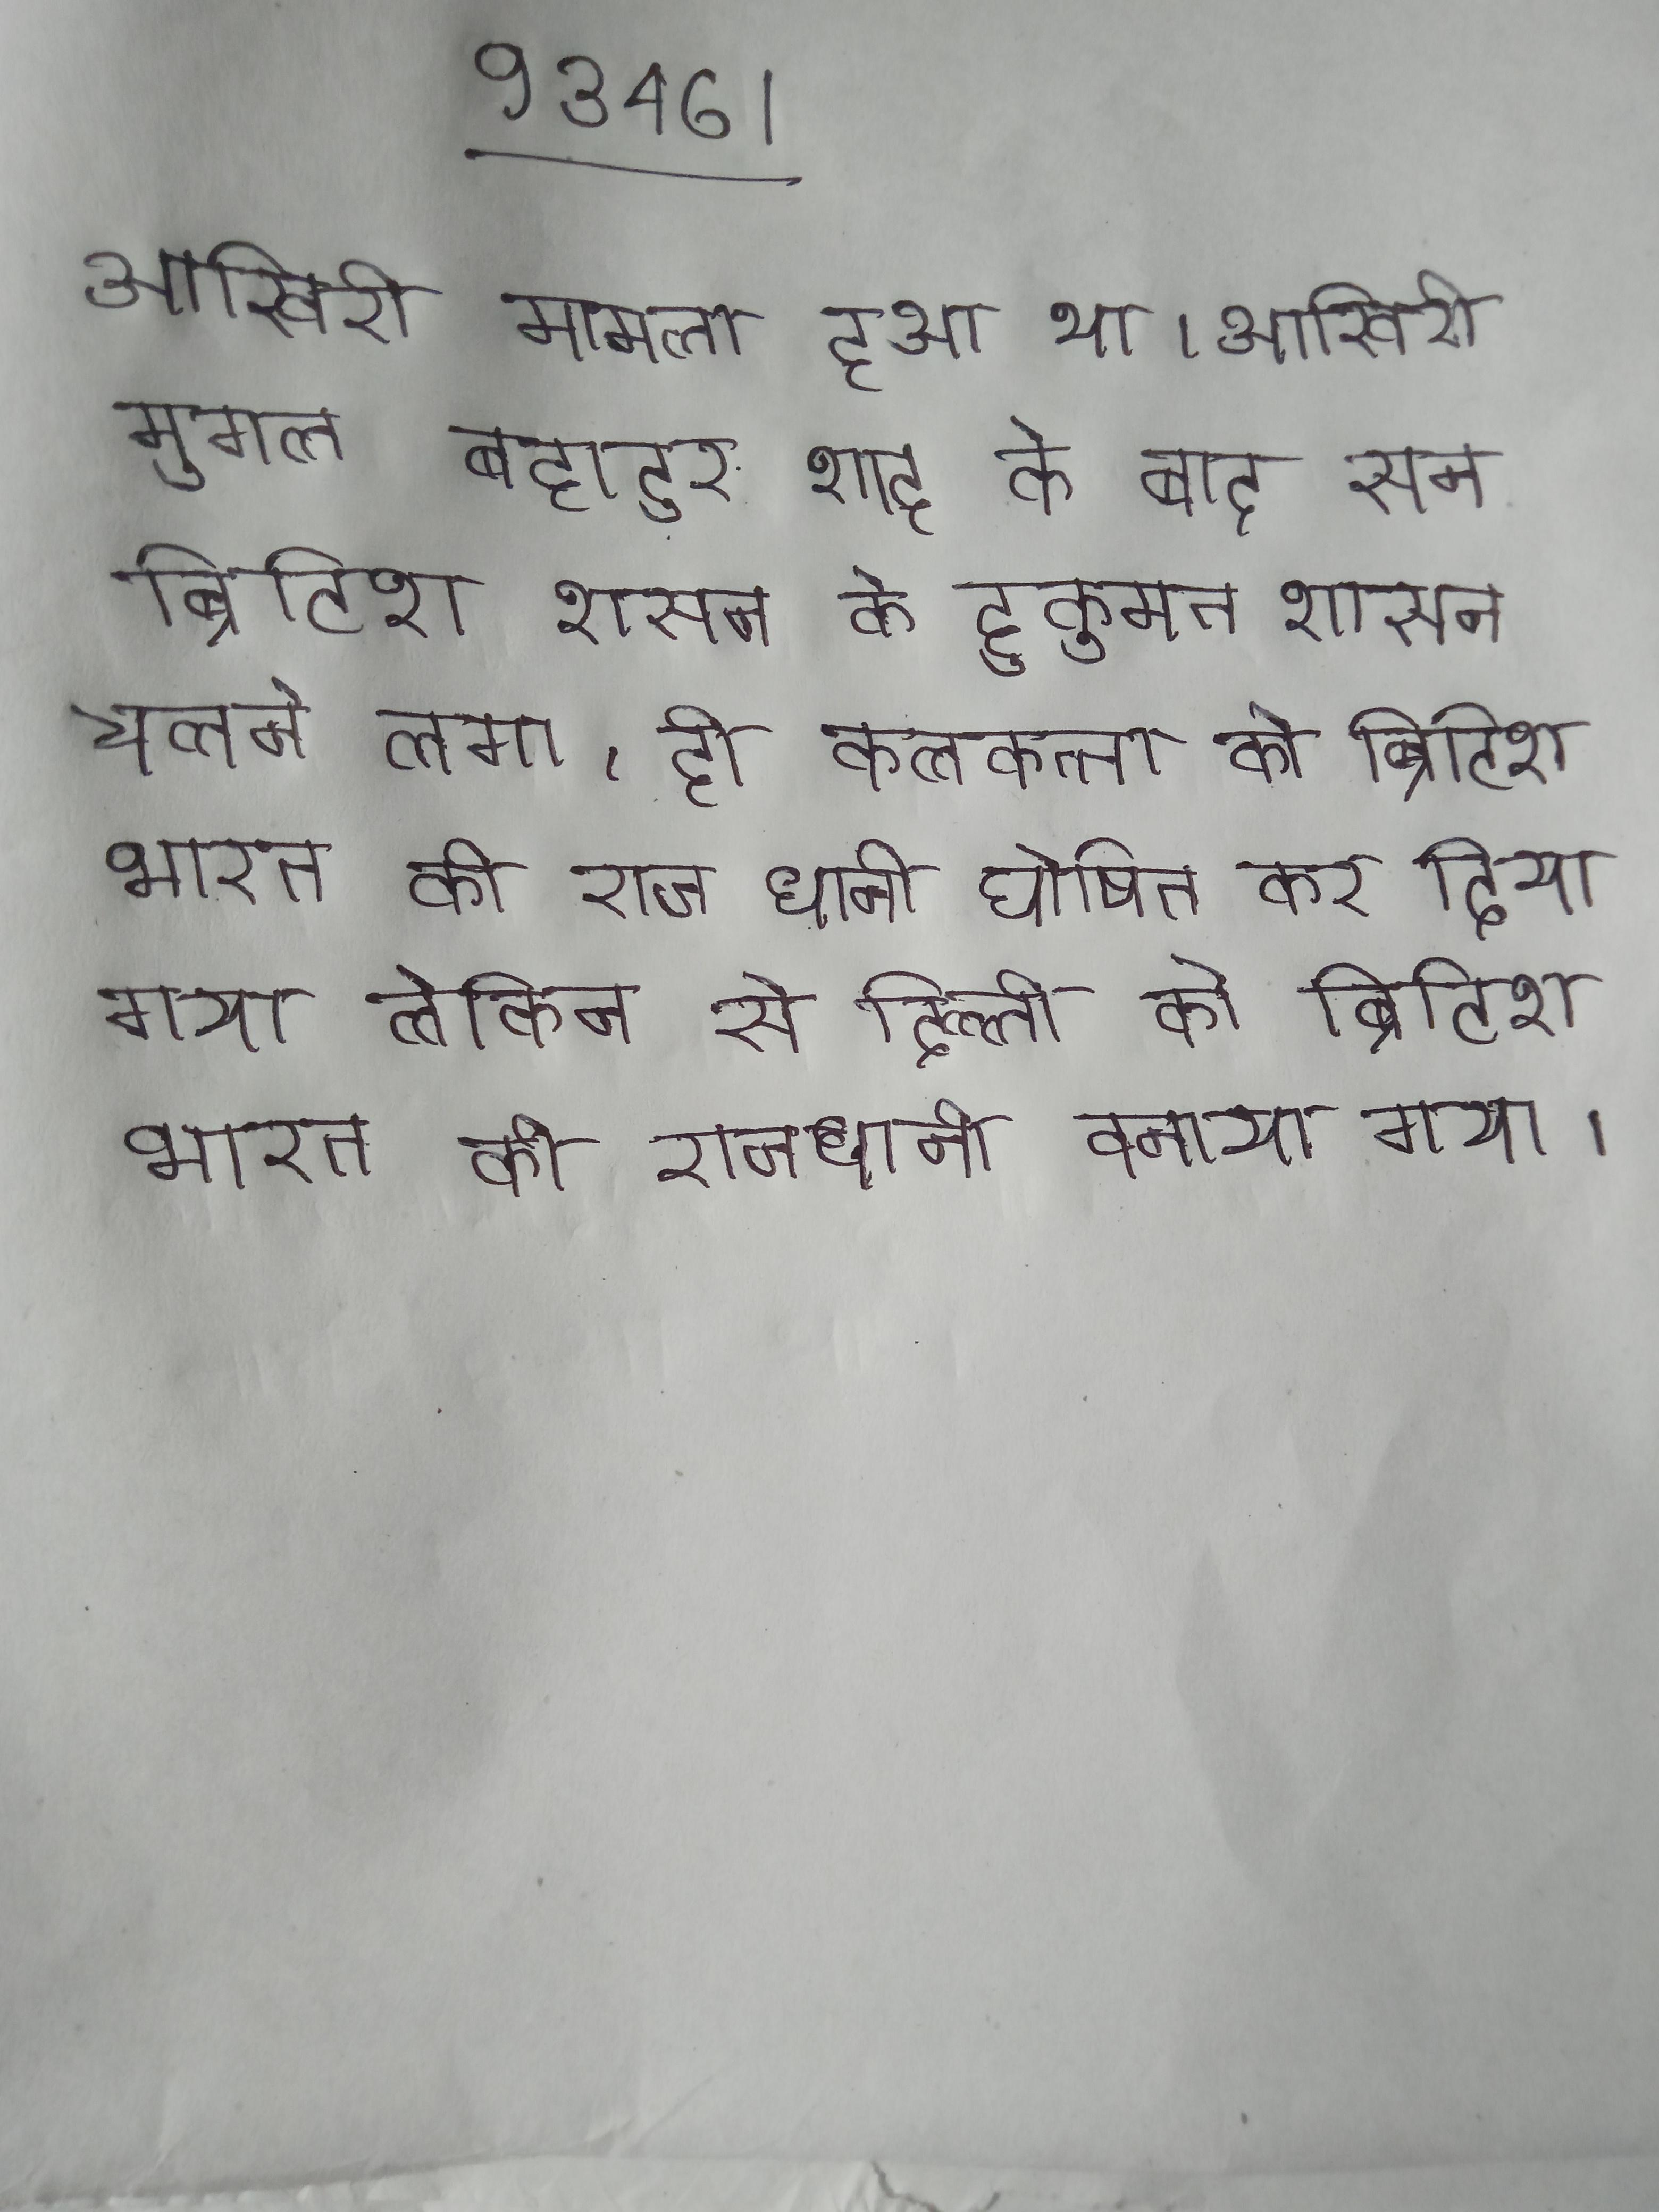
आखिरी मामला हुआ था । आखिरी मुगल बहादुर शाह के बाद सन ब्रिटिश शासन के हुकुमत शासन चलने लगा, ही कलकत्ता को ब्रिटिश भारत की राज धानी घोषित कर दिया गया लेकिन से दिल्ली को ब्रिटिश भारत की राजधानी बनाया गया ।